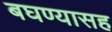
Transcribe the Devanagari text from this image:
बघण्यासह